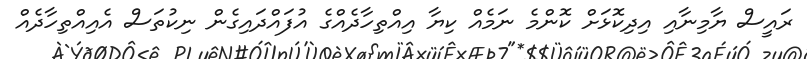
ރައީސް ޔާމިނާއި އިދިކޮޅަށް ކޮންމެ ނަމެއް ކިޔާ އިއްތިހާދެއްގެ އުފައްދައިގެން ނިކުތަސް އެއިއްތިހާދެއް